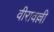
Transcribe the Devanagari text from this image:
वीरावल्ली